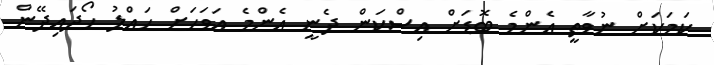
ކަމަކަށް ނުވާތީ އެންމެ ބޮޑަށް އިސްކަން ދެނީ އެންމެ އަވަހަށް ހައްލު ހޯދައިދޭން